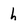
Character: h